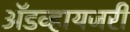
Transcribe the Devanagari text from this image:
ॲडव्हायजरी